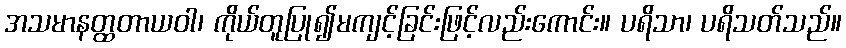
အသမာနတ္ထတာယဝါ၊ ကိုယ်တူပြု၍မကျင့်ခြင်းဖြင့်လည်းကောင်း။ ပရိသာ၊ ပရိသတ်သည်။